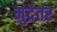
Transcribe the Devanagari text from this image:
मुद्रेतर